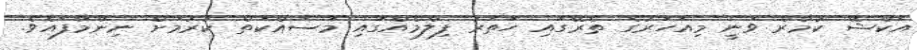
އަކްޝޭ ކުމާރް ވަނީ މިއަހަރުގެ ތެރޭގައި ހަތަރު ފިލްމެއްގައި މަސައްކަތް ކުރުމަށް ނިންމާފައެވެ.